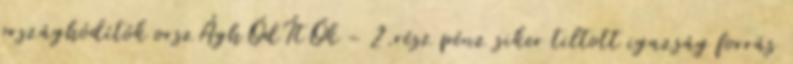
országhódítók orszÁghÓdÍtÓk - 2.rész pénz siker tiltott igazság forrás